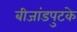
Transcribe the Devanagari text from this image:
बीजांडपुटके